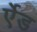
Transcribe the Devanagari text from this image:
र्एेड